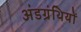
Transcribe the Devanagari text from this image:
अंडग्रंथियों